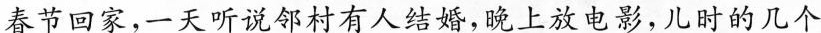
春节回家，一天听说邻村有人结婚，晚上放电影，儿时的几个